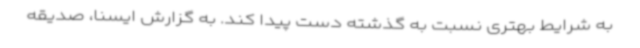
به شرایط بهتری نسبت به گذشته دست پیدا کند. به گزارش ایسنا، صدیقه